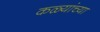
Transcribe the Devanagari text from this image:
कळ्यांच्या